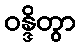
ဝန္ဒိတွာ